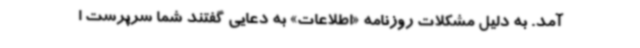
آمد. به دلیل مشکلات روزنامه «اطلاعات» به دعایی گفتند شما سرپرست ا